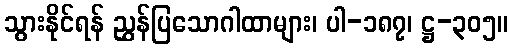
သွားနိုင်ရန် ညွှန်ပြသောဂါထာများ၊ ပါ-၁၈၇၊ ဋ္ဌ-၃၀၅။